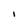
Character: I